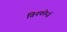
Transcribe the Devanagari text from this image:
विनफोर्म्ज़